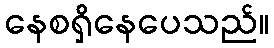
နေစရှိနေပေသည်။